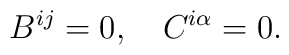
B^{ij}=0,\quad C^{i\alpha}=0.